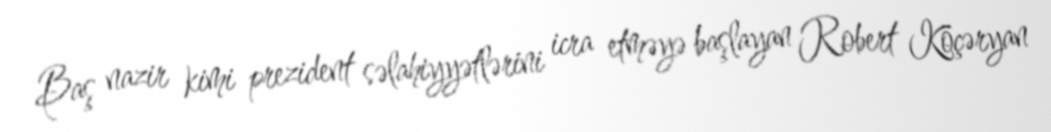
Baş nazir kimi prezident səlahiyyətlərini icra etməyə başlayan Robert Köçəryan